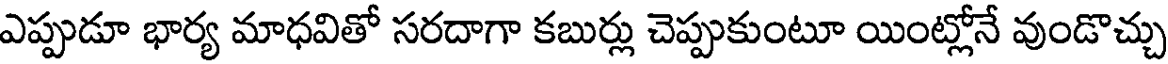
ఎప్పుడూ భార్య మాధవితో సరదాగా కబుర్లు చెప్పుకుంటూ యింట్లోనే వుండొచ్చు